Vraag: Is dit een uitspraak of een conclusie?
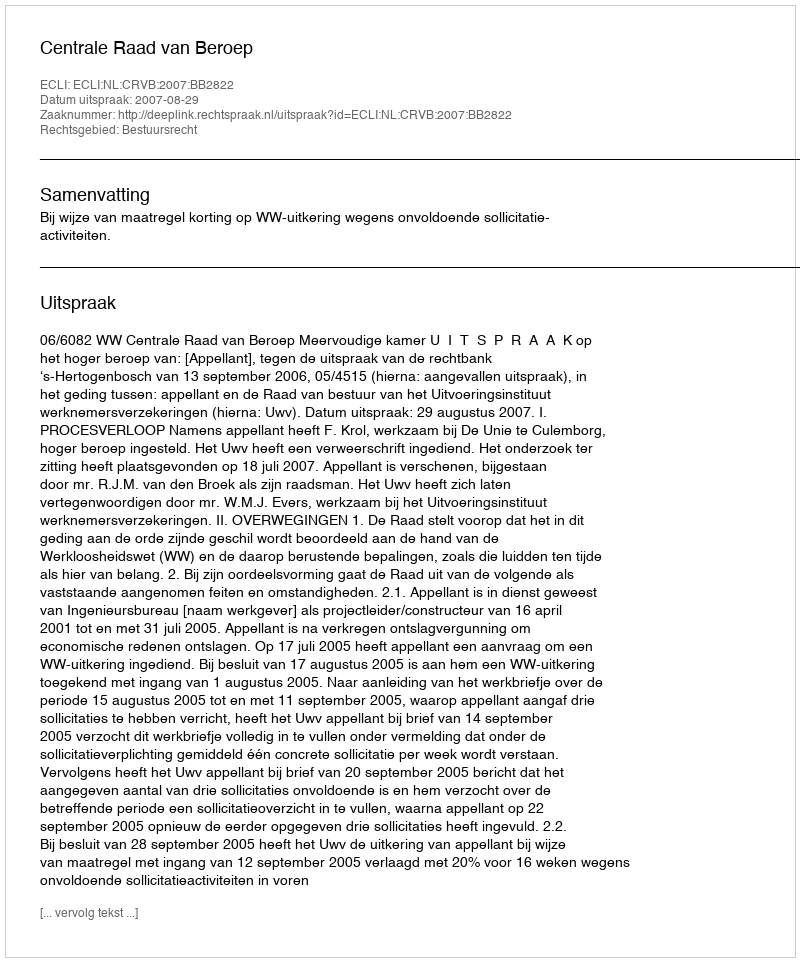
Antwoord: Uitspraak